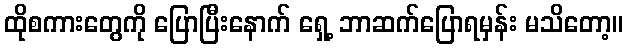
ထိုစကားတွေကို ပြောပြီးနောက် ရှေ့ ဘာဆက်ပြောရမှန်း မသိတော့။